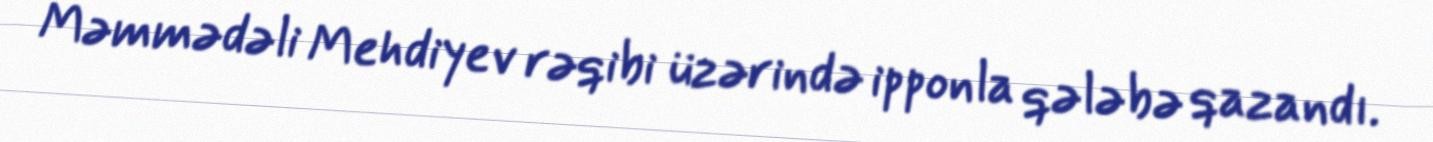
Məmmədəli Mehdiyev rəqibi üzərində ipponla qələbə qazandı.